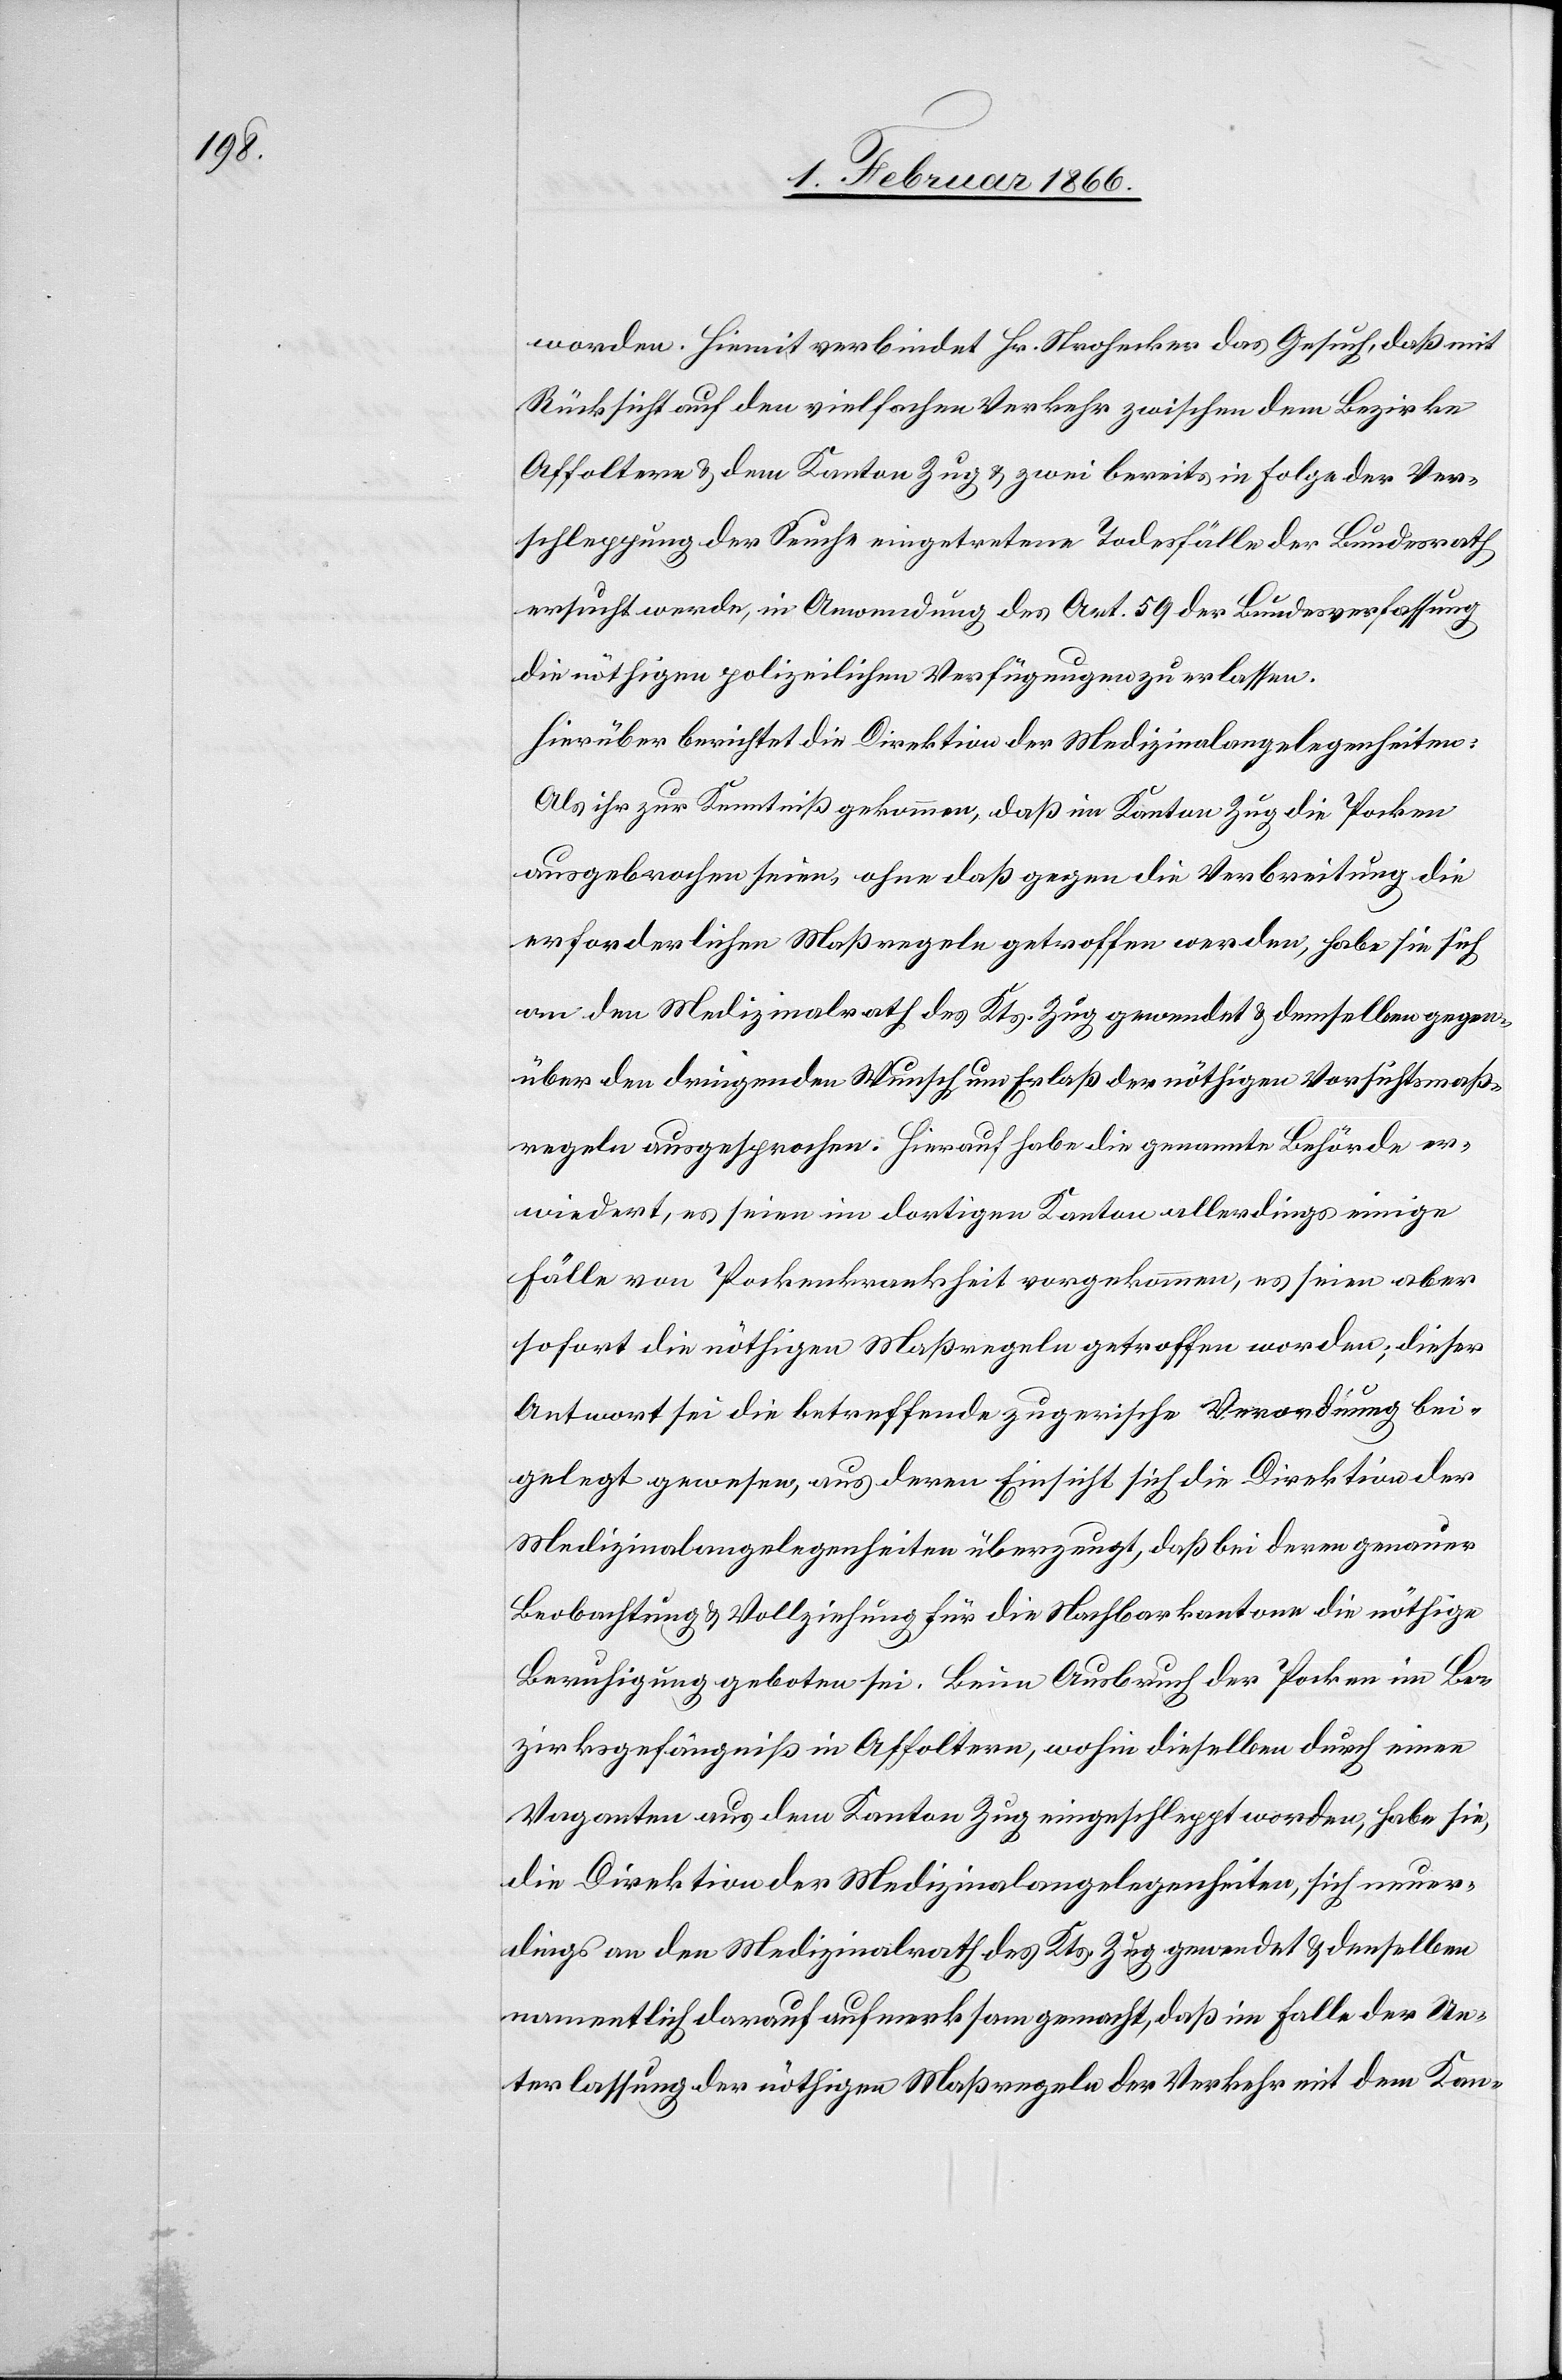
worden. Hiemit verbindet Hr. Strohecker das Gesuch, daß mit
Rücksicht auf den vielfachen Verkehr zwischen dem Bezirke
Affoltern u. dem Kanton Zug u. zwei bereits in Folge der Ver¬
schleppung der Seuche eingetretene[n] Todesfälle der Bundesrath
ersucht werde, in Anwendung des Art. 59 der Bundesverfassung
die nöthigen polizeilichen Verfügungen zu erlassen.
Hierüber berichtet die Direktion der Medizinalangelegenheiten:
Als ihr zur Kenntniß gekommen, daß im Kanton Zug die Pocken
ausgebrochen seien, ohne daß gegen die Verbreitung die
erforderlichen Maßregeln getroffen worden, habe sie sich
an den Medizinalrath des Kts. Zug gewendet u. demselben gegen¬
über den dringenden Wunsch um Erlaß der nöthigen Vorsichtsmaß¬
regeln ausgesprochen. Hierauf habe die genannte Behörde er¬
wiedert, es seien im dortigen Kanton allerdings einige
Fälle von Pockenkrankheit vorgekommen, es seien aber
sofort die nöthigen Maßregeln getroffen worden; dieser
Antwort sei die betreffende zugerische Verordnung bei¬
gelegt gewesen, aus deren Einsicht sich die Direktion der
Medizinalangelegenheiten überzeugt, daß bei deren genauer
Beobachtung u. Vollziehung für die Nachbarkantone die nöthige
Beruhigung geboten sei. Beim Ausbruch der Pocken im Be¬
zirksgefängnis in Affoltern, wohin dieselben durch einen
Vaganten aus dem Kanton Zug eingeschleppt worden, habe sie,
die Direktion der Medizinalangelegenheiten, sich neuer¬
dings an den Medizinalrath des Kts. Zug gewendet u. denselben
namentlich darauf aufmerksam gemacht, daß im Falle der Un¬
terlassung der nöthigen Maßregeln der Verkehr mit dem Kan-